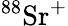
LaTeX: {}^{88}\mathrm{Sr}^{+}